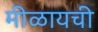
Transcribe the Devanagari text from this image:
मीळायची